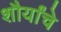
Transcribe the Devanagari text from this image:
शौर्यांचे